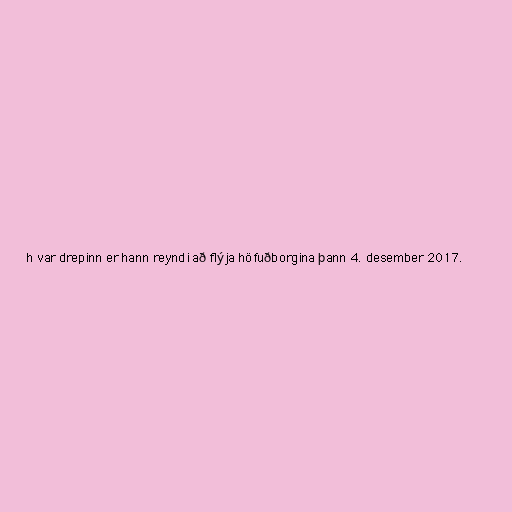
h var drepinn er hann reyndi að flýja höfuðborgina þann 4. desember 2017.